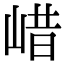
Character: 㟙